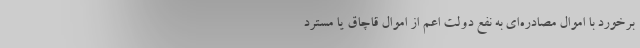
برخورد با اموال مصادره‌ای به نفع دولت اعم از اموال قاچاق یا مسترد